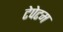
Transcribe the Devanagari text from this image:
टेपेटम